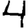
Digit: 4